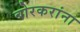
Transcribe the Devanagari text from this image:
बोरकरांना